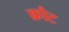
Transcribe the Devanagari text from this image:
क्रौट